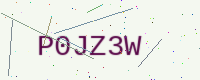
Text: P0JZ3W